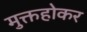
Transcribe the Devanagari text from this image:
मुक्तहोकर